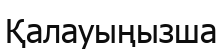
Қалауыңызша